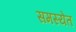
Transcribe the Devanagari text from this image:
समस्येत